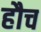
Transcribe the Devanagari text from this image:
हौच